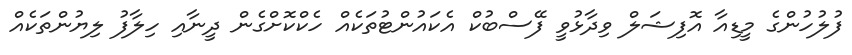
ފުލުހުންގެ މީޑިއާ އޮފިޝަލް ވިދާޅުވީ ފޭސްބުކް އެކައުންޓުތަކެއް ހެކްކޮށްގެން ދީނާއި ހިލާފު ލިޔުންތަކެއް